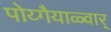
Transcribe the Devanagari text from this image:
पोय्गैयाळ्वार्